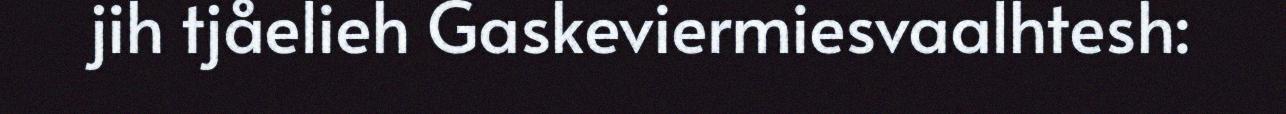
jih tjåelieh Gaskeviermiesvaalhtesh: